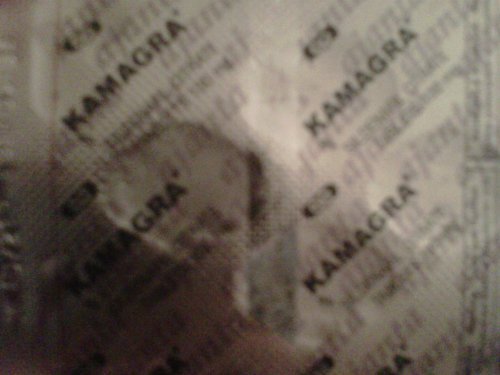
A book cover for Male Sexual Health: A Couple's Guide; Richard F. Spark; Health, Fitness & Dieting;